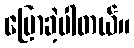
ပြောခဲ့ပါတယ်။